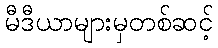
မီဒီယာများမှတစ်ဆင့်